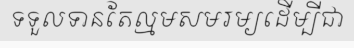
ទទួលទានតែល្មមសមរម្យដើម្បីជា